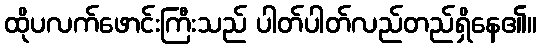
ထိုပလက်ဖောင်းကြီးသည် ပါတ်ပါတ်လည်တည်ရှိနေ၏။